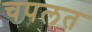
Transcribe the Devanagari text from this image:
चपलत